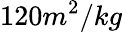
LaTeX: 120m^{2}/kg